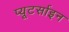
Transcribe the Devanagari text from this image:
प्यूटर्साइन